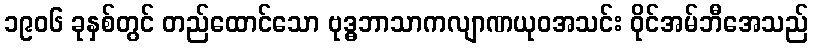
၁၉၀၆ ခုနှစ်တွင် တည်ထောင်သော ဗုဒ္ဓဘာသာကလျာဏယုဝအသင်း ဝိုင်အမ်ဘီအေသည်